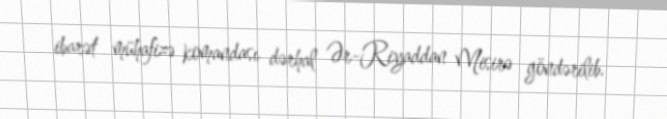
ibarət mühafizə komandası dərhal Ər-Riyaddan Misirə göndərilib.